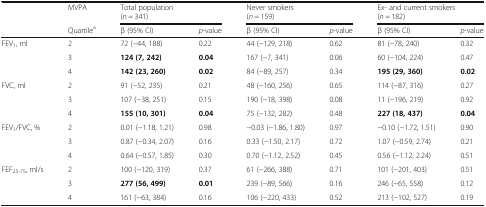
<table><thead><tr><td rowspan="2"></td><td><b>MVPA</b></td><td colspan="2"><b>Total population(<i>n</i> = 341)</b></td><td colspan="2"><b>Never smokers(<i>n</i> = 159)</b></td><td colspan="2"><b>Ex- and current smokers(<i>n</i> = 182)</b></td></tr><tr><td><b>Quartile<sup>a</sup></b></td><td><b>β (95% CI)</b></td><td><b><i>p</i>-value</b></td><td><b>β (95% CI)</b></td><td><b><i>p</i>-value</b></td><td><b>β (95% CI)</b></td><td><b><i>p</i>-value</b></td></tr></thead><tbody><tr><td rowspan="3">FEV<sub>1</sub>, ml</td><td>2</td><td>72 (−44, 188)</td><td>0.22</td><td>44 (−129, 218)</td><td>0.62</td><td>81 (−78, 240)</td><td>0.32</td></tr><tr><td>3</td><td><b>124 (7, 242)</b></td><td><b>0.04</b></td><td>167 (−7, 341)</td><td>0.06</td><td>60 (−104, 224)</td><td>0.47</td></tr><tr><td>4</td><td><b>142 (23, 260)</b></td><td><b>0.02</b></td><td>84 (−89, 257)</td><td>0.34</td><td><b>195 (29, 360)</b></td><td><b>0.02</b></td></tr><tr><td rowspan="3">FVC, ml</td><td>2</td><td>91 (−52, 235)</td><td>0.21</td><td>48 (−160, 256)</td><td>0.65</td><td>114 (−87, 316)</td><td>0.27</td></tr><tr><td>3</td><td>107 (−38, 251)</td><td>0.15</td><td>190 (−18, 398)</td><td>0.08</td><td>11 (−196, 219)</td><td>0.92</td></tr><tr><td>4</td><td><b>155 (10, 301)</b></td><td><b>0.04</b></td><td>75 (−132, 282)</td><td>0.48</td><td><b>227 (18, 437)</b></td><td><b>0.04</b></td></tr><tr><td rowspan="3">FEV<sub>1</sub>/FVC, %</td><td>2</td><td>0.01 (−1.18, 1.21)</td><td>0.98</td><td>−0.03 (−1.86, 1.80)</td><td>0.97</td><td>−0.10 (−1.72, 1.51)</td><td>0.90</td></tr><tr><td>3</td><td>0.87 (−0.34, 2.07)</td><td>0.16</td><td>0.33 (−1.50, 2.17)</td><td>0.72</td><td>1.07 (−0.59, 2.74)</td><td>0.21</td></tr><tr><td>4</td><td>0.64 (−0.57, 1.85)</td><td>0.30</td><td>0.70 (−1.12, 2.52)</td><td>0.45</td><td>0.56 (−1.12, 2.24)</td><td>0.51</td></tr><tr><td rowspan="3">FEF<sub>25-75</sub>, ml/s</td><td>2</td><td>100 (−120, 319)</td><td>0.37</td><td>61 (−266, 388)</td><td>0.71</td><td>101 (−201, 403)</td><td>0.51</td></tr><tr><td>3</td><td><b>277 (56, 499)</b></td><td><b>0.01</b></td><td>239 (−89, 566)</td><td>0.16</td><td>246 (−65, 558)</td><td>0.12</td></tr><tr><td>4</td><td>161 (−63, 384)</td><td>0.16</td><td>106 (−220, 433)</td><td>0.52</td><td>213 (−102, 527)</td><td>0.19</td></tr></tbody></table>